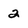
Character: 2